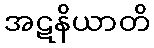
အဋနိယာတိ